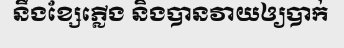
នឹងខ្សែភ្លើង និងបានវាយឲ្យបាក់